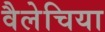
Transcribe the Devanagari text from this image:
वैलेचिया